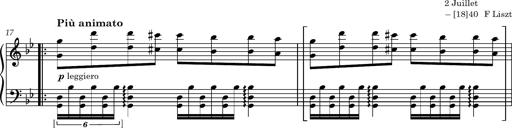
Title: 8 Album Leaves
Composer: Franz Liszt